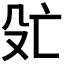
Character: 𬆞